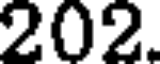
202.